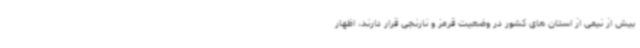
بیش از نیمی از استان های کشور در وضعیت قرمز و نارنجی قرار دارند، اظهار